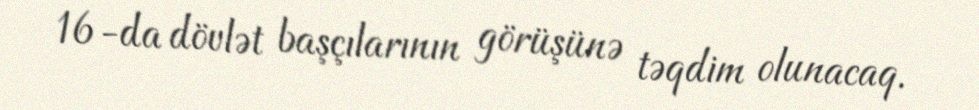
16-da dövlət başçılarının görüşünə təqdim olunacaq.